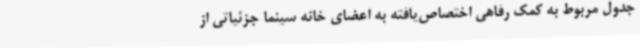
جدول مربوط به کمک رفاهی اختصاص‌یافته به اعضای خانه سینما جزئیاتی از